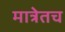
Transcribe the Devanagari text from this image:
मात्रेतच